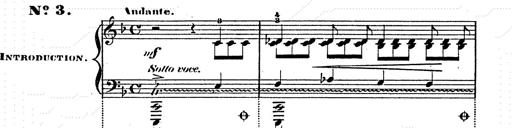
Title: Franz Schuberts geistliche Lieder
Composer: Franz Liszt